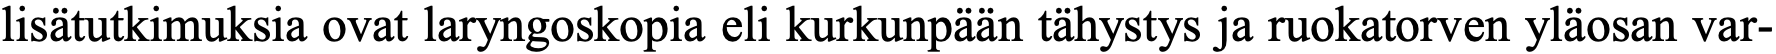
lisätutkimuksia ovat laryngoskopia eli kurkunpään tähystys ja ruokatorven yläosan var-